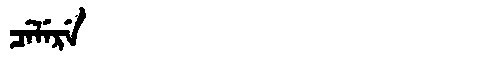
Manchu: ᠴᡝᠯᡝᡵᡝ
Romanization: CELERE